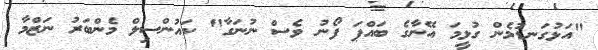
"އަޅުގަނޑުމެން ގުޅީމަ އޭނާގެ ބައްޕަ ފޯނު ވެސް ނުނަގާ" ކައުންސިލް މެންބަރު ނަޒްމާ